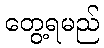
တွေ့ရမည်